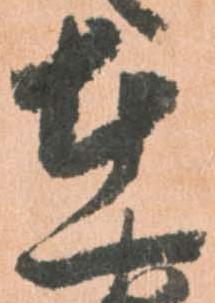
在